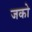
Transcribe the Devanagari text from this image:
जको